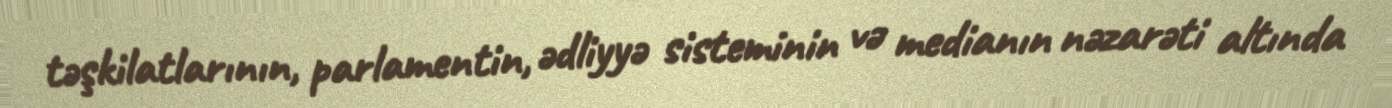
təşkilatlarının, parlamentin, ədliyyə sisteminin və medianın nəzarəti altında